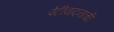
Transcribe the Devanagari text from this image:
पेटीवादनाची